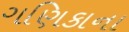
ગણિકાના